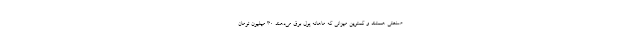
صنعتی هستند و کمترین میزانی که ماهانه پول برق می‌دهند 30 میلیون تومان